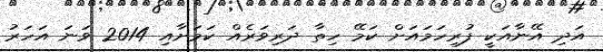
އަދި އޭނާއަކީ ފުރިހަމައަށް ކަމޭ ހިތާ ދަރިވަރެއް ކަމަށާއި 2014 ވަނަ އަހަރު